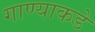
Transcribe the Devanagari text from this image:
गाण्याकडे